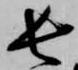
長